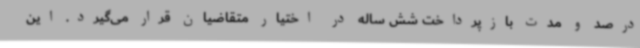
درصد و مدت بازپرداخت شش ساله در اختیار متقاضیان قرار می‌گیرد. این